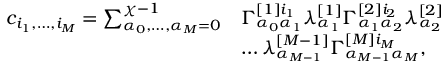
\begin{array} { r l } { c _ { i _ { 1 } , \dots , i _ { M } } = \sum _ { \alpha _ { 0 } , \dots , \alpha _ { M } = 0 } ^ { \chi - 1 } } & { \Gamma _ { \alpha _ { 0 } \alpha _ { 1 } } ^ { [ 1 ] i _ { 1 } } \lambda _ { \alpha _ { 1 } } ^ { [ 1 ] } \Gamma _ { \alpha _ { 1 } \alpha _ { 2 } } ^ { [ 2 ] i _ { 2 } } \lambda _ { \alpha _ { 2 } } ^ { [ 2 ] } } \\ & { \dots \lambda _ { \alpha _ { M - 1 } } ^ { [ M - 1 ] } \Gamma _ { \alpha _ { M - 1 } \alpha _ { M } } ^ { [ M ] i _ { M } } , } \end{array}